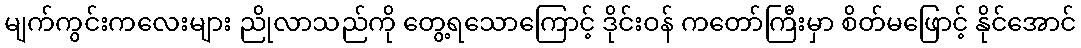
မျက်ကွင်းကလေးများ ညိုလာသည်ကို တွေ့ရသောကြောင့် ဒိုင်းဝန် ကတော်ကြီးမှာ စိတ်မဖြောင့် နိုင်အောင်